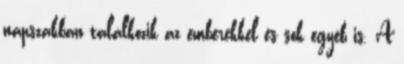
napszakban találkozik az emberekkel és sok egyéb is. A